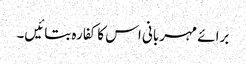
برائے مہربانی اس کا کفارہ بتائیں۔